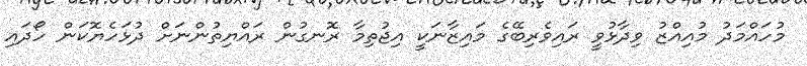
މުހައްމަދު މުއިއްޒު ވިދާޅުވީ ރައިވެރިބޭގެ މައިޒާނަކީ އިޖުތިމާ ރޮނގުން ރައްޔިތުންނަށް ދުޅަހެޔޮކަން ހޯދައި